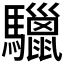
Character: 𩧆